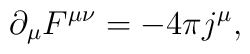
\partial_\mu F^{\mu\nu} =-4 \pi j^\mu,